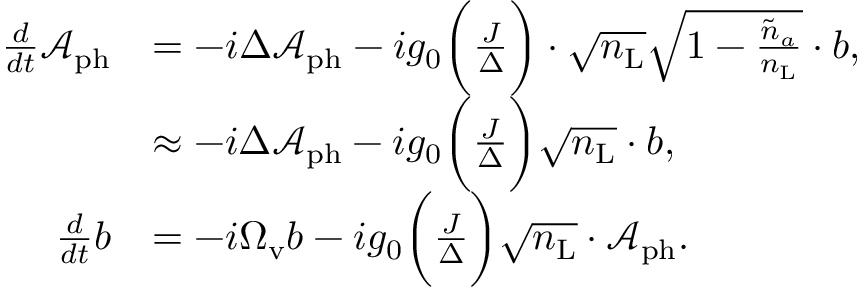
\begin{array} { r l r } { \frac { d } { d t } \mathcal { A } _ { \mathrm { p h } } } & { = - i \Delta \mathcal { A } _ { \mathrm { p h } } - i g _ { 0 } \bigg ( \frac { J } { \Delta } \bigg ) \cdot \sqrt { n _ { \mathrm { L } } } \sqrt { 1 - \frac { \tilde { n } _ { a } } { n _ { \mathrm { L } } } } \cdot b , } & \\ & { \approx - i \Delta \mathcal { A } _ { \mathrm { p h } } - i g _ { 0 } \bigg ( \frac { J } { \Delta } \bigg ) \sqrt { n _ { \mathrm { L } } } \cdot b , } & \\ { \frac { d } { d t } b } & { = - i \Omega _ { \mathrm { v } } b - i g _ { 0 } \bigg ( \frac { J } { \Delta } \bigg ) \sqrt { { n } _ { \mathrm { L } } } \cdot \mathcal { A } _ { \mathrm { p h } } . } \end{array}